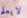
لايعلم